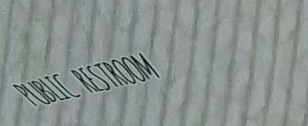
PUBLIC RESTROOM